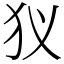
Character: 𤜥